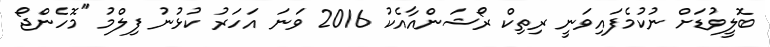
ބޮލީވުޑަށް ނުކުމެފައިވަނީ ރިތިކް ރޯޝަންއާއެކު 2016 ވަނަ އަހަރު ކުޅުނު ފިލްމު ''މޮހެންޖޯ